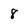
Character: 8